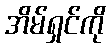
အိမ်ရှင်ကို